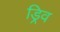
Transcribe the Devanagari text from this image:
ड्रिव